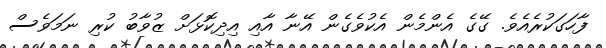
ފާހަގަކުރެއެވެ. ގޭގެ އެންމެން އެކުވެގެން އޭނާ އާއި އިދިކޮޅަށް ޒުވާބު ކުރި ނަމަވެސް